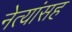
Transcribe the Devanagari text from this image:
नेत्यांसह